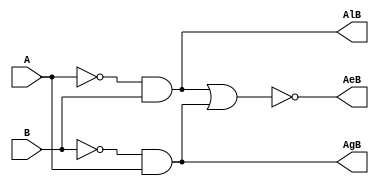
//Verilog Code for 1 Bit Comparator
module comparator1bit(A,B,AeB,AgB,AlB);

input A,B;
output AeB,AgB,AlB;

wire w1,w2;

not N1(w1,A);
not N2(w2,B);

and A1(AlB,w1,B);
and A2(AgB,w2,A);

nor NO1(AeB,AlB,AgB);

endmodule